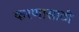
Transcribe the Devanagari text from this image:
करणासाठी